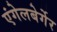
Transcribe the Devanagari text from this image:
एंगेलबेर्गेर